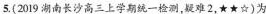
5.(2019湖南长沙高三上学期统一检测，疑难2，★★☆)为